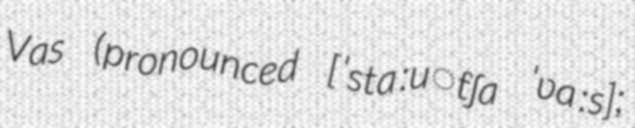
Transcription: Vas (pronounced [ˈstaːu̯tʃa ˈʋaːs];